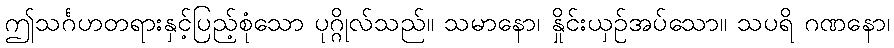
ဤသင်္ဂဟတရားနှင့်ပြည့်စုံသော ပုဂ္ဂိုလ်သည်။ သမာနော၊ နှိုင်းယှဉ်အပ်သော။ သပရိ ဂဏနော၊